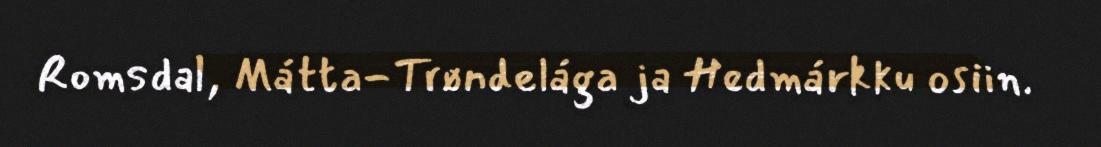
Romsdal, Mátta-Trøndelága ja Hedmárkku osiin.